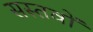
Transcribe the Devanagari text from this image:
सस्तवों